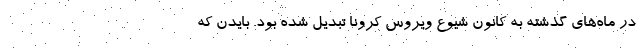
در ماه‌های گذشته به کانون شیوع ویروس کرونا تبدیل شده بود. بایدن که